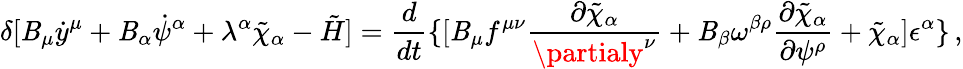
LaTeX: \delta[\mathit{B}_{\mu}\dot{{y}}^{\mu}+\mathit{B}_{\alpha}\dot{{\psi}}^{\alpha}+\lambda^{\alpha}\tilde{{\chi}}_{\alpha}-\tilde{{H}}]={\frac{{d}}{{dt}}}\{ [\mathit{B}_{\mu}f^{\mu\nu}{\frac{{\partial\tilde{{\chi}}_{\alpha}}}{{\partialy^{\nu}}}}+\mathit{B}_{\beta}\omega^{\beta\rho}{\frac{{\partial\tilde{{\chi}}_{\alpha}}}{{\partial\psi^{\rho}}}}+\tilde{{\chi}}_{\alpha}]\epsilon^{\alpha}\} \, ,